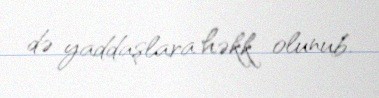
də yaddaşlara həkk olunub.